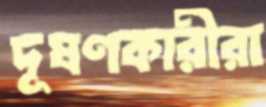
দূষণকারীরা